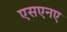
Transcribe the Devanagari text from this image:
एसएनए